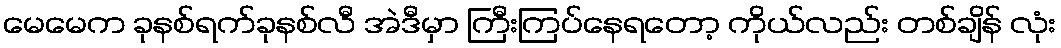
မေမေက ခုနစ်ရက်ခုနစ်လီ အဲဒီမှာ ကြီးကြပ်နေရတော့ ကိုယ်လည်း တစ်ချိန် လုံး